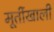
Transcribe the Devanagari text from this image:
मूर्तीखाली